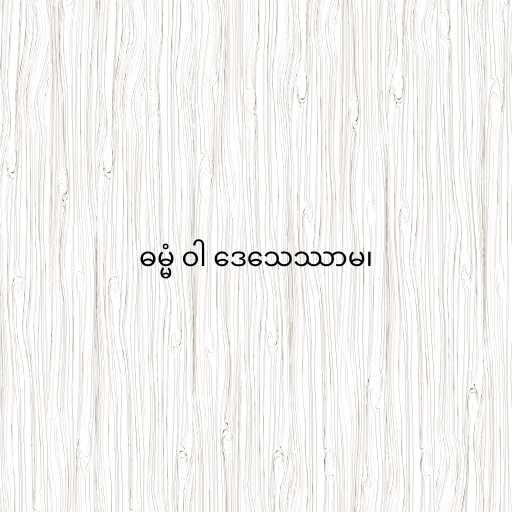
ဓမ္မံ ဝါ ဒေသေဿာမ၊